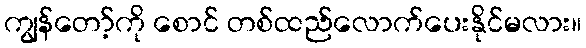
ကျွန်တော့်ကို စောင် တစ်ထည်လောက်ပေးနိုင်မလား။